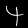
Digit: 4